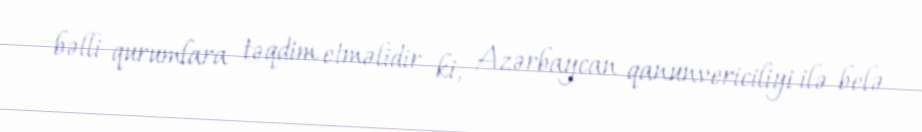
bəlli qurumlara təqdim etməlidir ki, Azərbaycan qanunvericiliyi ilə belə